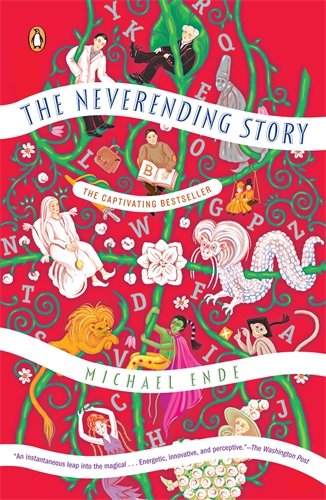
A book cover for The Neverending Story; Michael Ende; Science Fiction & Fantasy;